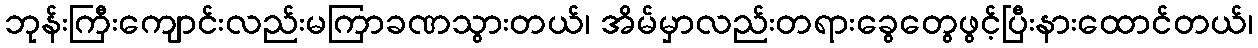
ဘုန်းကြီးကျောင်းလည်းမကြာခဏသွားတယ်၊ အိမ်မှာလည်းတရားခွေတွေဖွင့်ပြီးနားထောင်တယ်၊